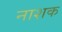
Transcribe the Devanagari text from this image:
नाश्‍ाक